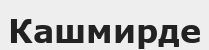
Кашмирде